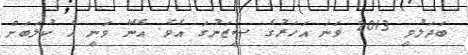
ބަދަލުވީ 2013 ވަނަ އަހަރުގެ ސީޒަނުގަ އެވެ. އޭނާ ވަނީ އެ ކުލަބަށް